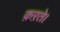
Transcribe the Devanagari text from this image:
क़ऱते।